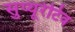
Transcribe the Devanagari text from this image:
सुप्यूरेटिव